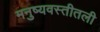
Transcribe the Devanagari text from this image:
मनुष्यवस्तीतली